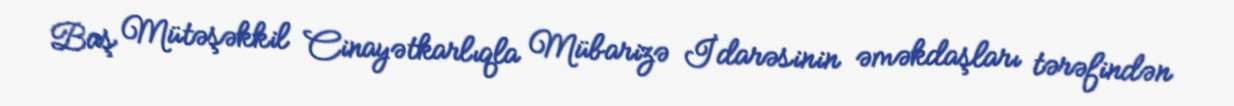
Baş Mütəşəkkil Cinayətkarlıqla Mübarizə İdarəsinin əməkdaşları tərəfindən